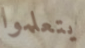
يتعلموا